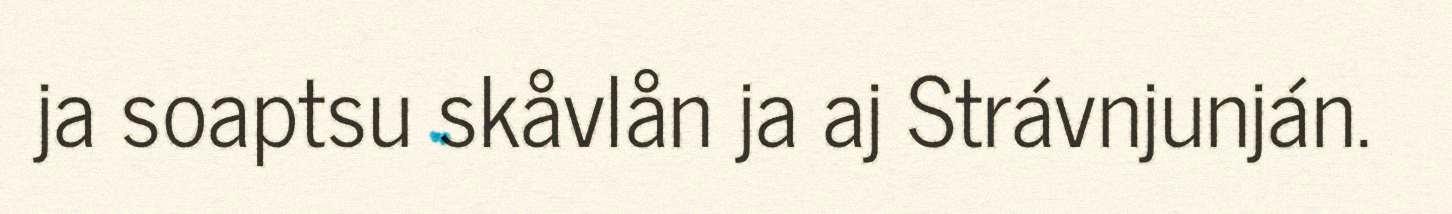
ja soaptsu skåvlån ja aj Strávnjunján.